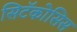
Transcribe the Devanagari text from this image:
सिटॅकोसिस